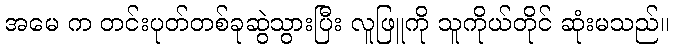
အမေ က တင်းပုတ်တစ်ခုဆွဲသွားပြီး လူဖြူကို သူကိုယ်တိုင် ဆုံးမသည်။